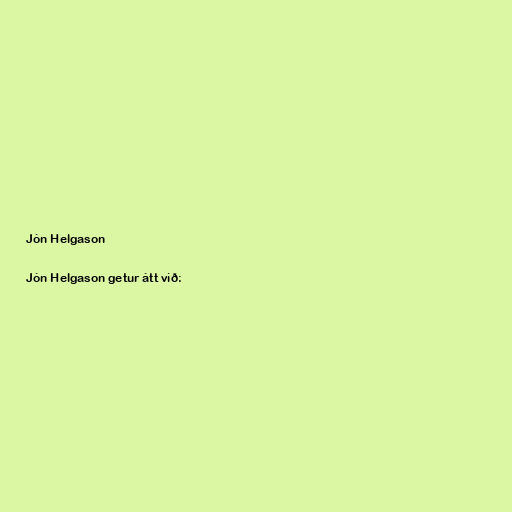
Jón Helgason

Jón Helgason getur átt við: